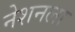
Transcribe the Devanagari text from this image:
नेशनला